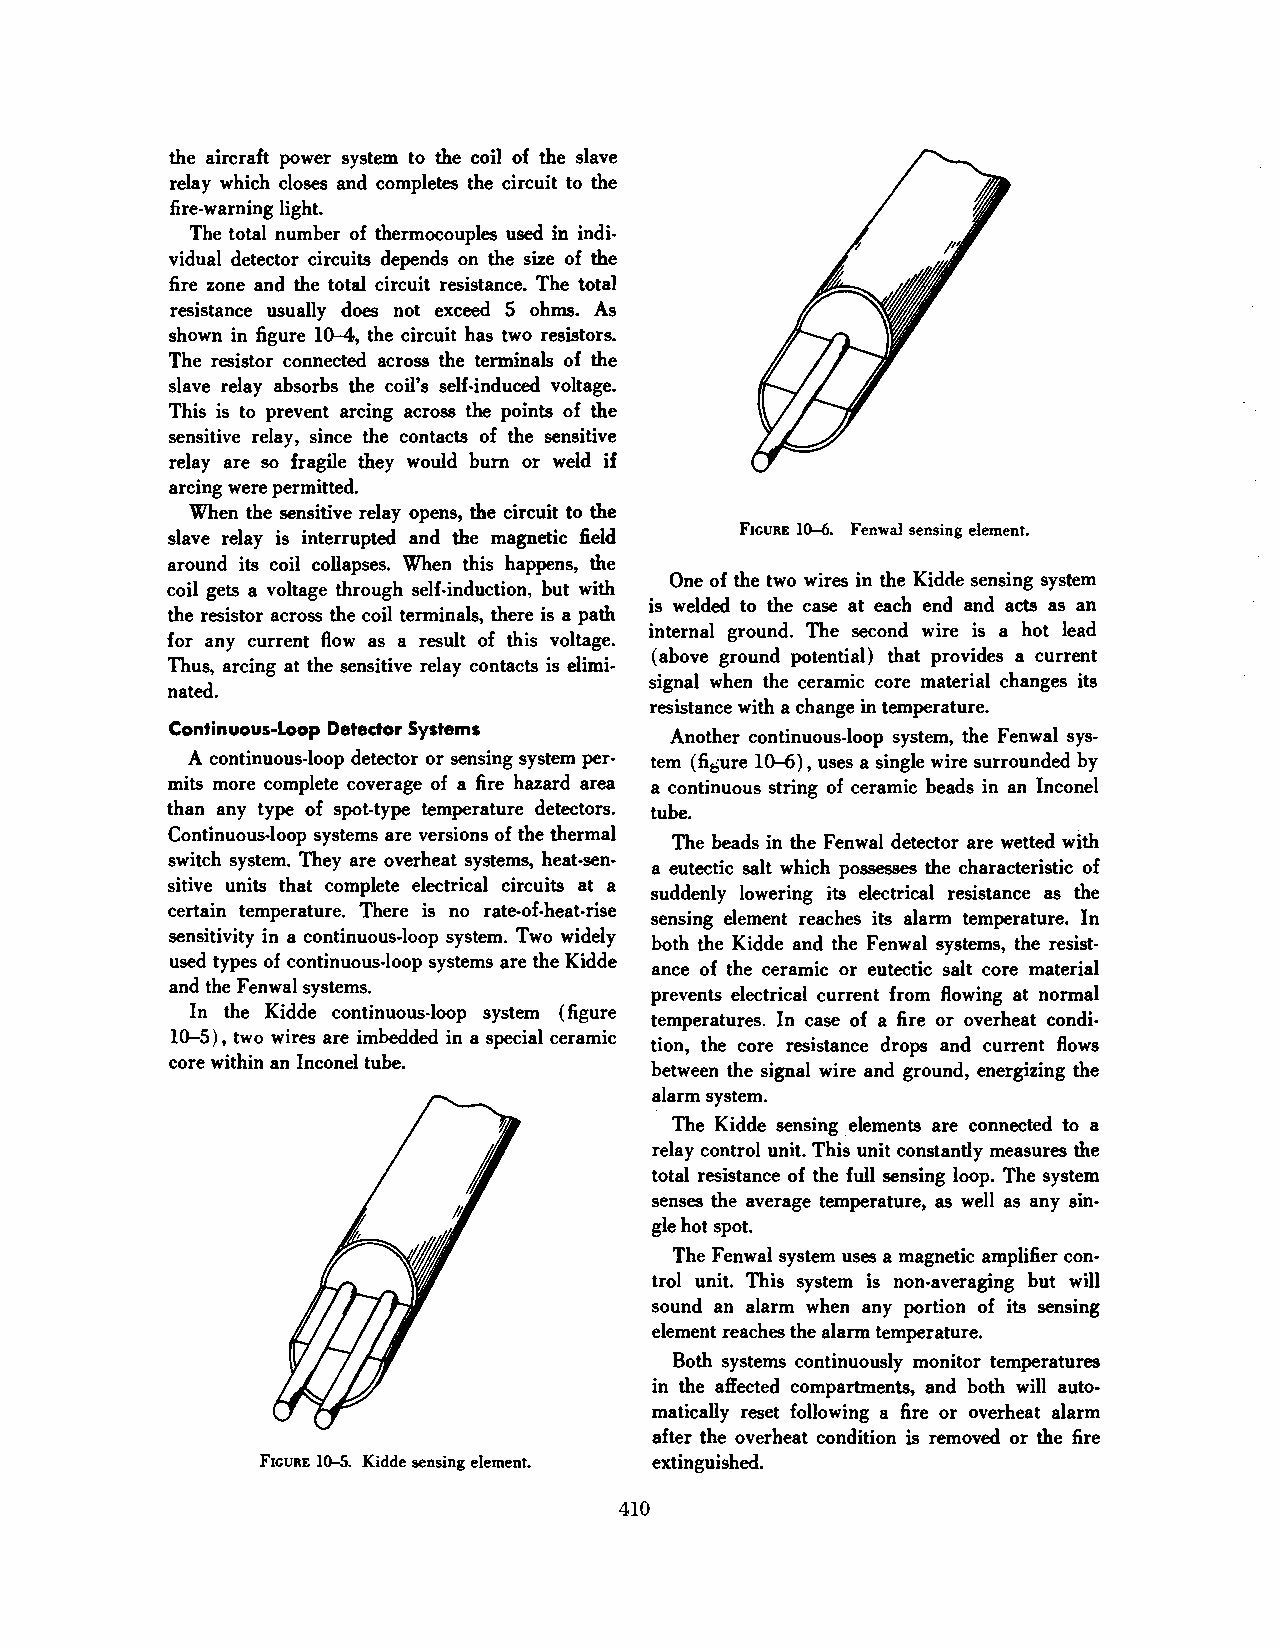
the aircraft power system to the coil of the slave
 relay which closes and completes the circuit to the
 fire-warning light.
 The total number of thermocouples used in indi
 vidual detector circuits depends on the size of the
 fire zone and the total circuit resistance. The total
 resistance usually does not exceed 5 ohms. As
 shown in figure 10-4, the circuit has two resistors.
 The resistor connected across the terminals of the
 slave relay absorbs the coil's self-induced voltage.
 This is to prevent arcing across the points of the
 sensitive relay, since the contacts of the sensitive
 relay are so fragile they would burn or weld if
 arcing were permitted.
 When the sensitive relay opens, the circuit to the
 slave relay is interrupted and the magnetic field FIGURE 1~. Fenwal sensing element.
 around its coil collapses. When this happens, the
 One of the two wires in the Kidde sensing system
 coil gets a voltage through self-induction, but with
 is welded to the case at each end and acts as an
 the resistor across the coil terminals, there is a path
 internal ground. The second wire is a hot lead
 for any current flow as a result of this voltage.
 (above ground potential) that provides a current
 Thus, arcing at the sensitive relay contacts is elimi
 signal when the ceramic core material changes its
 nated.
 resistance with a change in temperature.
 Continuous-Loop Detector Systems  Another continuous-loop system, the Fenwal sys
 A continuous-loop detector or sensing system per tem (fi5ure 10-6), uses a single wire surrounded by
 mits more complete coverage of a fire hazard area a continuous string of ceramic beads in an lnconel
 than any type of spot-type temperature detectors. tube.
 Continuous-loop systems are versions of the thermal
 The beads in the Fenwal detector are wetted with
 switch system. They are overheat systems, heat-sen
 a eutectic salt which possesses the characteristic of
 sitive units that complete electrical circuits at a
 suddenly lowering its electrical resistance as the
 certain temperature. There is no rate-of-heat-rise
 sensing element reaches its alarm temperature. In
 sensitivity in a continuous-loop system. Two widely
 both the Kidde and the Fenwal systems, the resist·
 used types of continuous-loop systems are the Kidde
 ance of the ceramic or eutectic salt core material
 and the Fenwal systems.
 prevents electrical current from flowing at normal
 In the Kidde continuous-loop system (figure
 temperatures. In case of a fire or overheat condi
 10-5), two wires are imbedded in a special ceramic
 tion, the core resistance drops and current flows
 core within an lnconel tube.
 between the signal wire and ground, energizing the
 alarm system.
 The Kidde sensing .elements are connected to a
 relay control unit. This unit constantly measures the
 total resistance of the full sensing loop. The system
 senses the average temperature, as well as any sin
 gle hot spot.
 The Fenwal system uses a magnetic amplifier con
 trol unit. This system is non-averaging but will
 sound an alarm when any portion of its sensing
 element reaches the alarm temperature.
 Both systems continuously monitor temperatures
 in the affected compartments, and both will auto
 matically reset following a fire or overheat alarm
 after the overheat condition is removed or the fire
 FIGURE 10-5. Kidde sensing element. extinguished.
 410